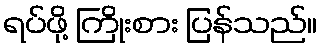
ရပ်ဖို့ ကြိုးစား ပြန်သည်။